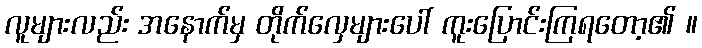
လူများလည်း အနောက်မှ တိုက်လှေများပေါ် ကူးပြောင်းကြရတော့၏ ။